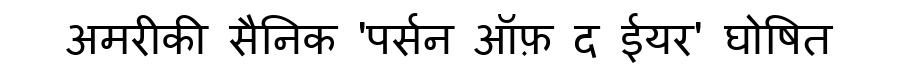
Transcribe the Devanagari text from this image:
अमरीकी सैनिक 'पर्सन ऑफ़ द ईयर' घोषित